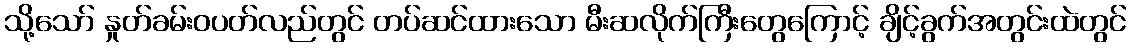
သို့သော် နှုတ်ခမ်းဝပတ်လည်တွင် တပ်ဆင်ထားသော မီးဆလိုက်ကြီးတွေကြောင့် ချိင့်ခွက်အတွင်းထဲတွင်